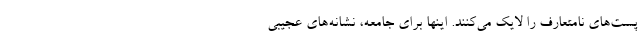
پست‌های نامتعارف را لایک می‌کنند. اینها برای جامعه، نشانه‌های عجیبی